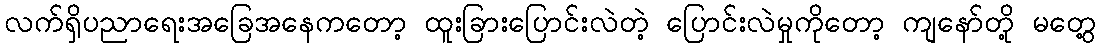
လက်ရှိပညာရေးအခြေအနေကတော့ ထူးခြားပြောင်းလဲတဲ့ ပြောင်းလဲမှုကိုတော့ ကျနော်တို့ မတွေ့